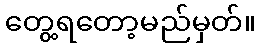
တွေ့ရတော့မည်မှတ်။